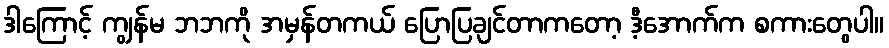
ဒါကြောင့် ကျွန်မ ဘဘကို အမှန်တကယ် ပြောပြချင်တာကတော့ ဒီ့အောက်က စကားတွေပါ။